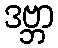
ဒဗ္ဘာ